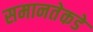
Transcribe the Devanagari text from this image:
समानतेकडे